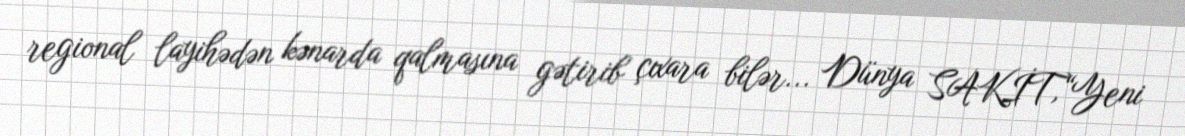
regional layihədən kənarda qalmasına gətirib çıxara bilər... Dünya SAKİT,“Yeni